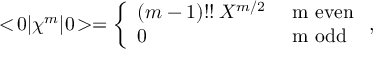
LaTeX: < \! 0 | \chi ^ { m } | 0 \! > = \left\{ \begin{array} { l l } { { ( m - 1 ) ! ! \: X ^ { m / 2 } } } & { { \mathrm { ~ m ~ e v e n } } } \\ { { 0 } } & { { \mathrm { ~ m ~ o d d } } } \end{array} \right. ,